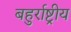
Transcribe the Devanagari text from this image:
बहुर्राष्ट्रीय